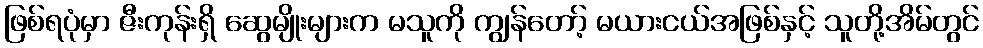
ဖြစ်ရပုံမှာ ဇီးကုန်းရှိ ဆွေမျိုးများက မသူကို ကျွန်တော့် မယားငယ်အဖြစ်နှင့် သူတို့အိမ်တွင်